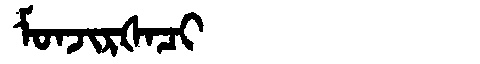
Manchu: ᠮᠣᠨᠵᡳᡵᡧᠠᠴᡳ
Romanization: MONJIRŠACI